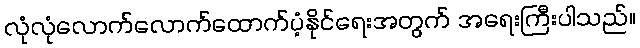
လုံလုံလောက်လောက်ထောက်ပံ့နိုင်ရေးအတွက် အရေးကြီးပါသည်။